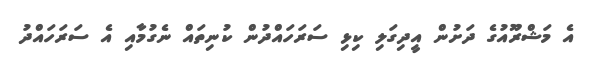
އެ މަޝްރޫއުގެ ދަށުން އީދިގަލި ކިޅި ސަރަހައްދުން ކުނިތައް ނެގުމާއި އެ ސަރަހައްދު